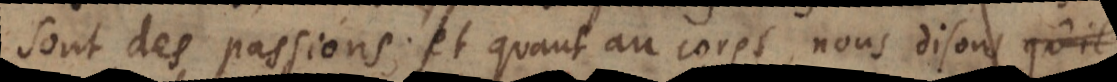
sont des passions; et quant au corps, nous disons